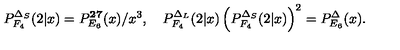
P _ { F _ { 4 } } ^ { \Delta _ { S } } ( 2 | x ) = P _ { E _ { 6 } } ^ { \bf 2 7 } ( x ) / x ^ { 3 } , \quad P _ { F _ { 4 } } ^ { \Delta _ { L } } ( 2 | x ) \left( P _ { F _ { 4 } } ^ { \Delta _ { S } } ( 2 | x ) \right) ^ { 2 } = P _ { E _ { 6 } } ^ { \Delta } ( x ) .